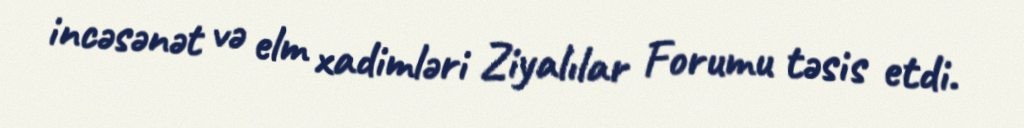
incəsənət və elm xadimləri Ziyalılar Forumu təsis etdi.